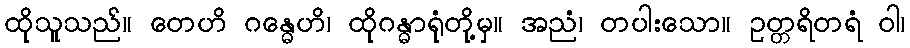
ထိုသူသည်။ တေဟိ ဂန္ဓေဟိ၊ ထိုဂန္ဓာရုံတို့မှ။ အညံ၊ တပါးသော။ ဥတ္တရိတရံ ဝါ၊